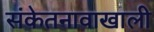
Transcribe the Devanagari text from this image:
संकेतनावाखाली